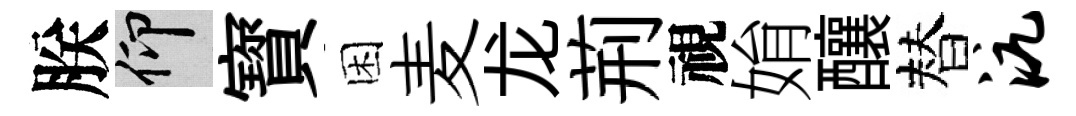
朕仰寳困麦龙荊視姢釀替沆